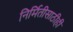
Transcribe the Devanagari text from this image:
निर्मितीसाठीही